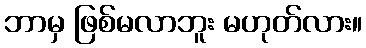
ဘာမှ ဖြစ်မလာဘူး မဟုတ်လား။